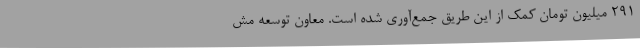
291 میلیون تومان کمک از این طریق جمع‌آوری شده است. معاون توسعه مش